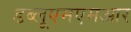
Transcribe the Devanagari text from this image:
डब्लूएमएमआर